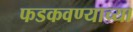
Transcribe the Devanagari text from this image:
फडकवण्याच्या